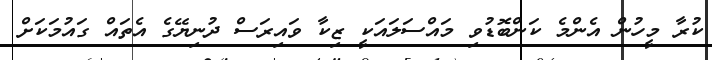
ކުރާ މީހުން އެންމެ ކަންބޮޑުވި މައްސަލައަކީ ޒިކާ ވައިރަސް ދުނިޔޭގެ އެތައް ގައުމަކަށް